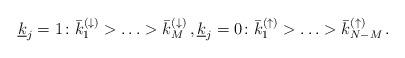
LaTeX: \begin{align*} \underline{k}_j = 1 \colon \bar{k}_1^{(\downarrow)} >\ldots>\bar{k}_{M}^{(\downarrow)} \, , \underline{k}_j = 0 \colon \bar{k}_1^{(\uparrow)} >\ldots>\bar{k}_{N-M}^{(\uparrow)} \, .\end{align*}